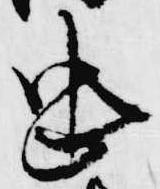
忠